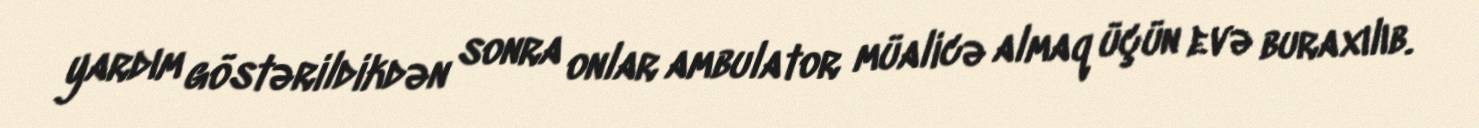
yardım göstərildikdən sonra onlar ambulator müalicə almaq üçün evə buraxılıb.